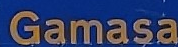
Gamasa